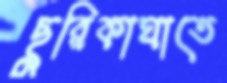
ছুরিকাঘাতে